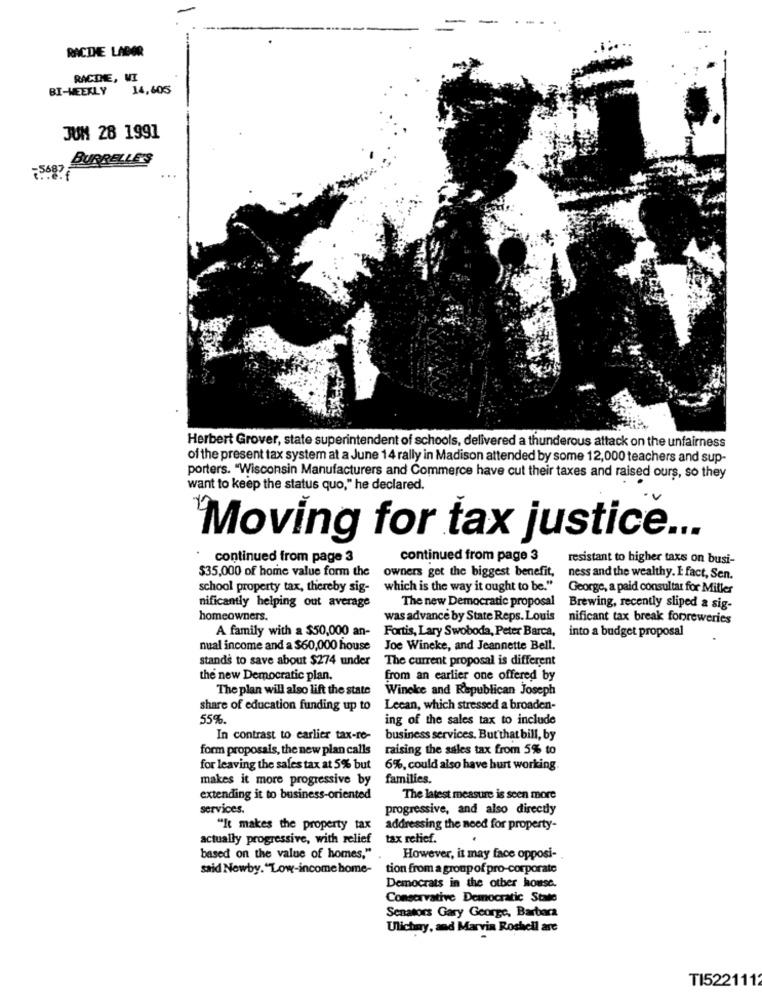
-.
RACTHE LABOR
RACINE, WI
BI-WEEKLY
14,605
JUM 28 1991
BURRELLE'S
-568?
Herbert Grover, state superintendent of schools, delivered a thunderous attack on the unfairness
of the present tax system at a June 14 rally in Madison attended by some 12,000 teachers and sup-
porters. "Wisconsin Manufacturers and Commerce have cut their taxes and raised ours, so they
want to keep the status quo," he declared.
"Moving for tax justice ...
continued from page 3
continued from page 3
resistant to higher taxs on busi-
$35,000 of home value form the
owners get the biggest benefit,
ness and the wealthy. I fact, Sen.
school property tax, thereby sig-
which is the way it ought to be."
George, a paid consultar for Miller
nificantly helping out average
The new Democratic proposal
Brewing, recently sliped a sig-
homeowners.
was advance by State Reps. Louis
nificant tax break forbreweries
A family with a $50,000 an-
Fortis, Lary Swoboda, Peter Barca,
into a budget proposal
nual income and a $60,000 house
Joe Wineke, and Jeannette Bell.
stands to save about $274 under
The current proposal is different
the new Democratic plan,
from an earlier one offered by
The plan will also lift the state
Wineke and Republican Joseph
share of education funding up to
Leean, which stressed a broaden-
55%.
ing of the sales tax to include
In contrast to earlier tax-re-
business services. But that bill, by
form proposals, the new plan calls
raising the sales tax from 5% to
for leaving the sales tax at 5% but
6%, could also have hurt working
makes it more progressive by
families.
extending it to business-oriented
The latest measure is seen more
services.
progressive, and also directly
"It makes the property tax
addressing the need for property-
actually progressive, with relief
tax relief.
based on the value of homes,"
However, it may face opposi-
said Nowby. "Low-income home-
tion from a group of pro-corporate
Democrats in the other house.
Conservative Democratic State
Senators Gary George, Barbara
Ulichny, and Marvin Roshell are
TI5221112